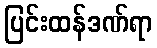
ပြင်းထန်ဒဏ်ရာ